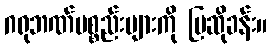
ဂရုဘဏ်ပစ္စည်းများကို ပြဆိုခန်း။